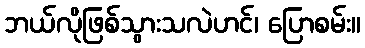
ဘယ်လိုဖြစ်သွားသလဲဟင်၊ ပြောစမ်း။